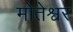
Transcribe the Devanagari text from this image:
मोतेश्वर